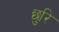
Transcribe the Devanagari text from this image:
छुरि